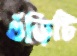
গুঁড়িটি